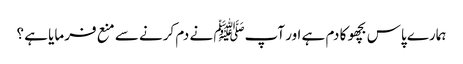
ہمارے پاس بچھو کا دم ہے اور آپﷺ نے دم کرنے سے منع فرمایا ہے ؟